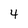
Character: 4